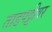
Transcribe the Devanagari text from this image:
ताडपट्टीवर